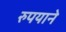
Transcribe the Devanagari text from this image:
रुपयाने